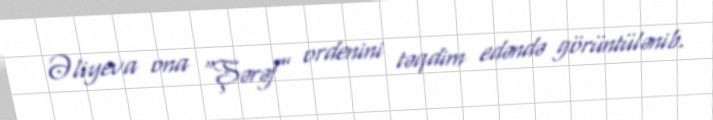
Əliyeva ona “Şərəf” ordenini təqdim edəndə görüntülənib.